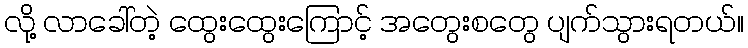
လို့ လာခေါ်တဲ့ ထွေးထွေးကြောင့် အတွေးစတွေ ပျက်သွားရတယ်။